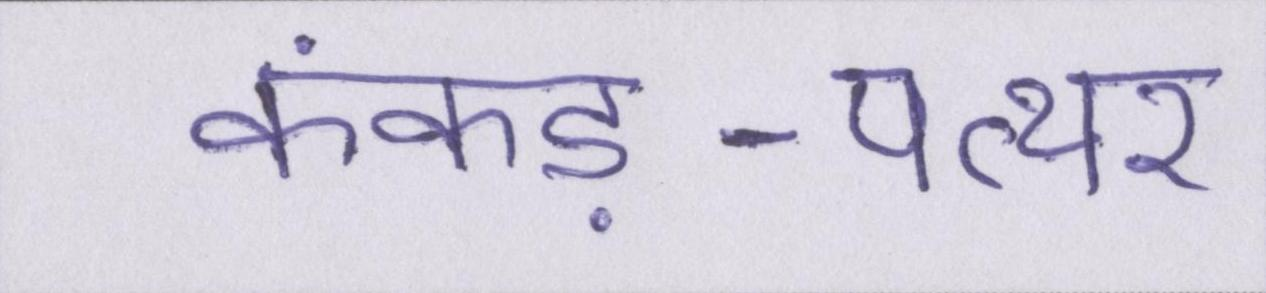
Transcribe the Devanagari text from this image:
कंकड़-पत्थर